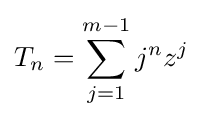
T_{n}=\sum _{j=1}^{m-1}j^{n}z^{j}